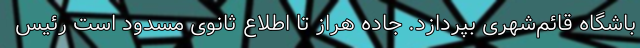
باشگاه قائم‌شهری بپردازد. جاده هراز تا اطلاع ثانوی مسدود است رئیس